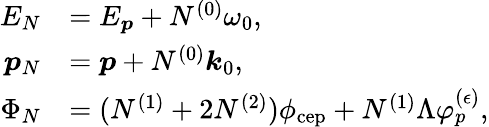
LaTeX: \begin{array}{rl}{E_{N}}&{=E_{\boldsymbol{p}}+N^{(0)}\omega_{0},}\\ {\boldsymbol{p}_{N}}&{=\boldsymbol{p}+N^{(0)}\boldsymbol{k}_{0},}\\ {\Phi_{N}}&{=(N^{(1)}+2N^{(2)})\phi_{\mathrm{cep}}+N^{(1)}\Lambda\varphi_{p}^{(\epsilon)},}\end{array}